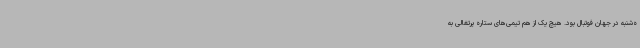
ه‌شنبه در جهان فوتبال بود. هیچ یک از هم تیمی‌های ستاره پرتغالی به